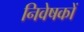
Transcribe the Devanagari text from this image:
निवेषकों